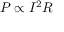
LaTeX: P \propto I ^ { 2 } R